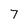
Character: 7